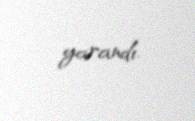
yarandı.